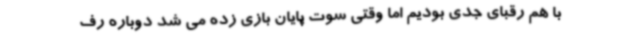
با هم رقبای جدی بودیم اما وقتی سوت پایان بازی زده می شد دوباره رف